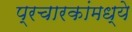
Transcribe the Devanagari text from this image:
प्रचारकांमध्ये